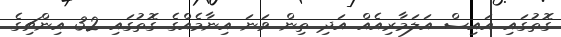
ގޮތުގައި އައިސް އަލަމާރިއެއް އަދި ތިން ވަނަ އިނާމެއްގެ ގޮތުގައި 32 އިންޗިގެ